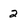
Character: 2